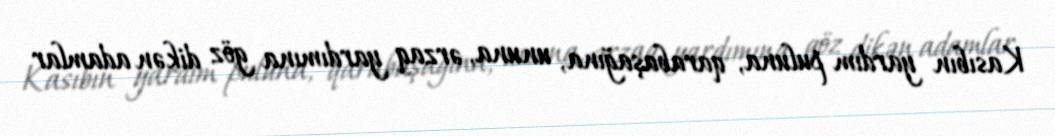
Kasıbın yardım puluna, qarabaşağına, ununa, ərzaq yardımına göz dikən adamlar